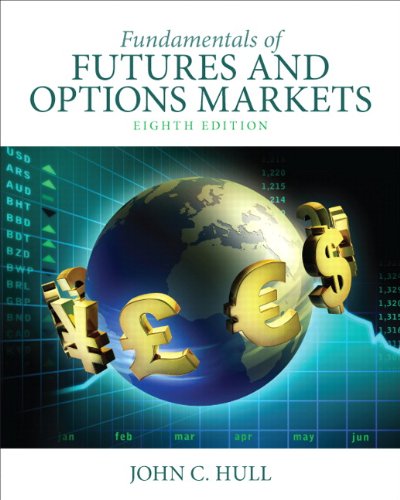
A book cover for Fundamentals of Futures and Options Markets (8th Edition); John C. Hull; Business & Money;